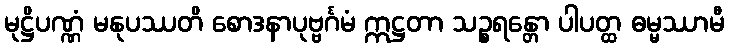
မုဋ္ဌိပဏ္ဏံ မနုပဿတိ စောဒနာပုဗ္ဗင်္ဂမံ ဣဋ္ဌတာ သဉ္စရန္တော ပါပတ္ထ ဓမ္မဿာမီ